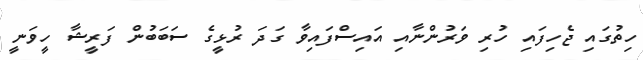
ހިތުގައި ޖެހިފައި ހުރި ވަރުންނާއި އައިސްފައިވާ ގަދަ ރުޅީގެ ސަބަބުން ފަރީޝާ ހީވަނީ